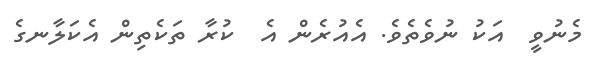
މެނުވީ  އަކު ނުވެތެވެ. އެއުރެން އެ  ކުރާ ތަކެތިން އެކަލާނގެ